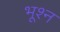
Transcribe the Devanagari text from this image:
भूश्न